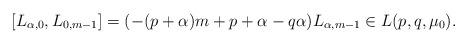
LaTeX: \begin{align*}[L_{\alpha,0},L_{0,m-1}]=(-(p+\alpha)m+p+\alpha-q\alpha)L_{\alpha,m-1}\in L(p,q,\mu_{0}).\end{align*}